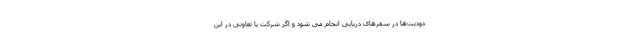
دودیت‌ها در سفرهای دریایی انجام می شود و اگر شرکت یا تعاونی در این